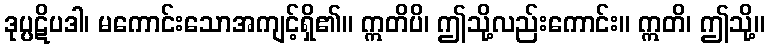
ဒုပ္ပဋိပဒါ၊ မကောင်းသောအကျင့်ရှိ၏။ ဣတိပိ၊ ဤသို့လည်းကောင်း။ ဣတိ၊ ဤသို့။